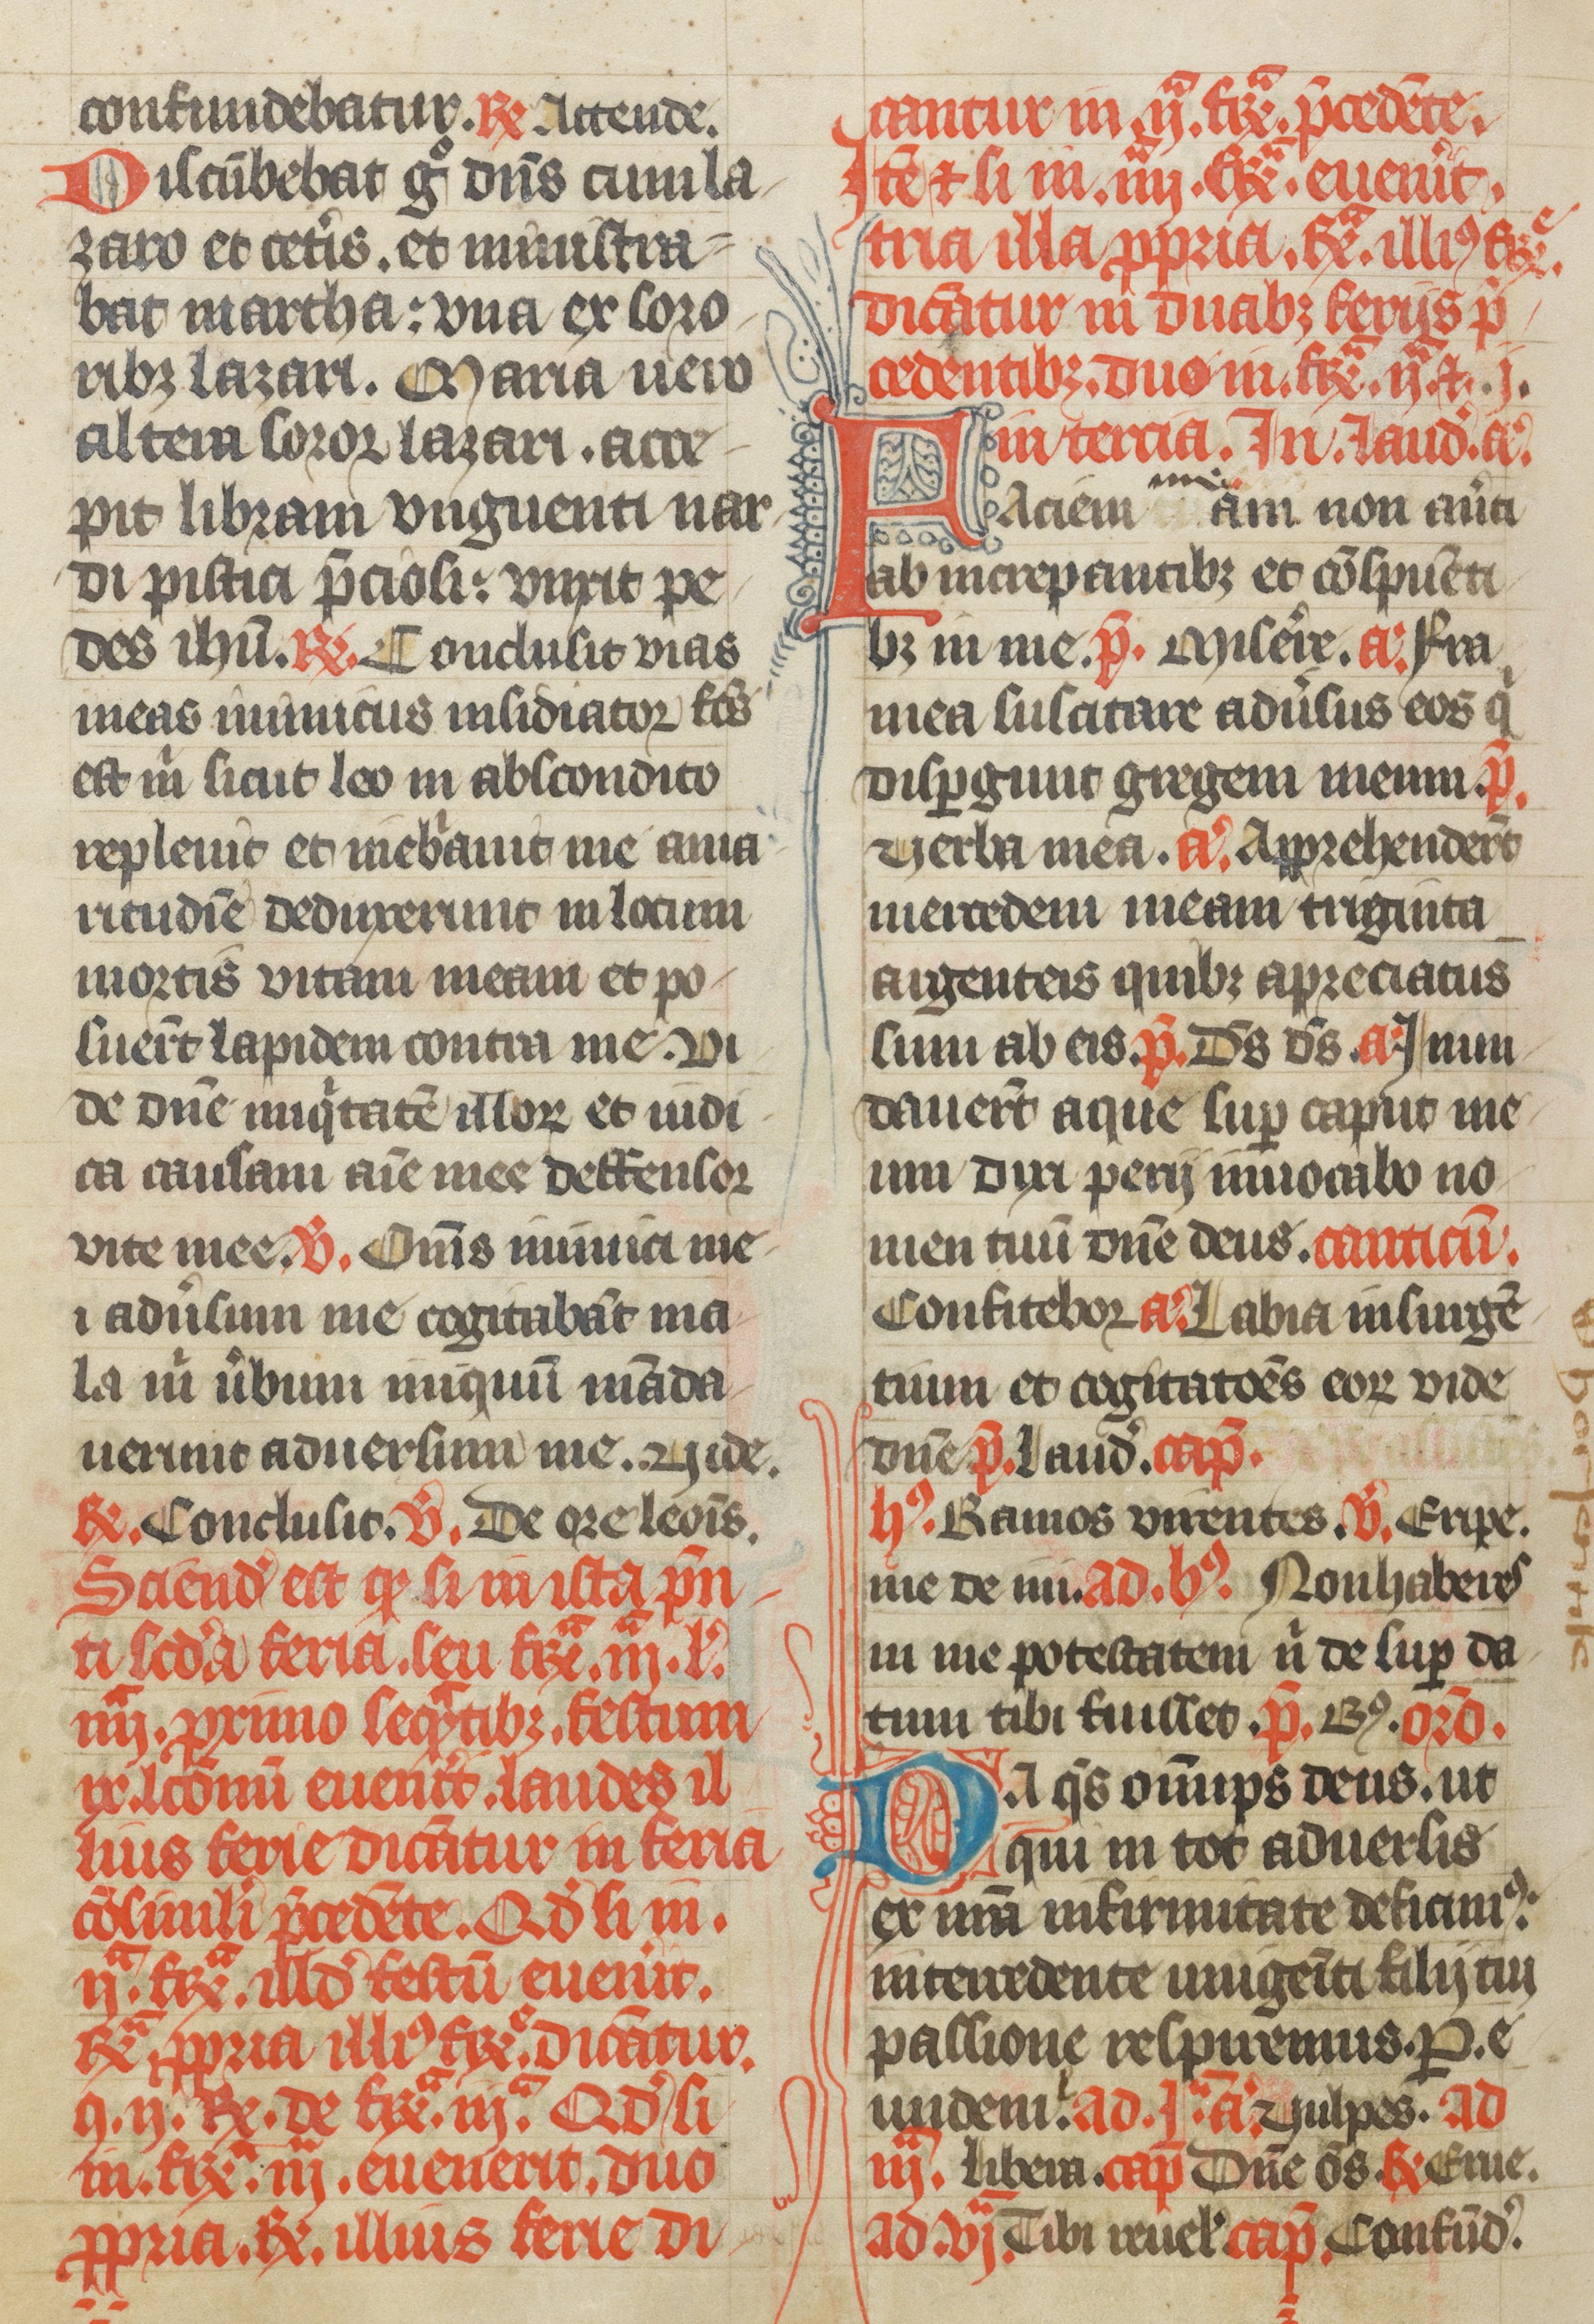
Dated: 1385–1415